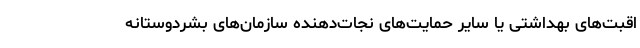
اقبت‌های بهداشتی یا سایر حمایت‌های نجات‌دهنده سازمان‌های بشردوستانه